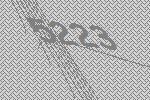
5223